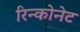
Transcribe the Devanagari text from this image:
रिन्कोनेट